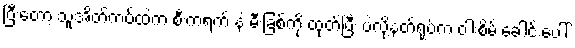
ပြီးတော့ သူ့အိတ်ကပ်ထဲက စီးကရက် နဲ့ မီးခြစ်ကို ထုတ်ပြီး ပဲလို့နတ်ရုပ်က ဝါးစိမ်းခေါင်းပေါ်